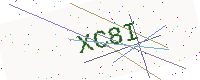
Text: XC8I